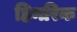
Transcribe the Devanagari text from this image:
हिनरिक